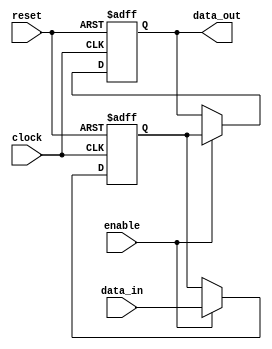
module sequential_logic (
    input wire clock,             // Clock input
    input wire reset,             // Reset input
    input wire enable,            // Enable input
    input wire [7:0] data_in,     // 8-bit data input
    output reg [7:0] data_out     // 8-bit data output
);

// State register
reg [7:0] state;

// Behavioral modeling block
always @(posedge clock or negedge reset) begin
    if (!reset) begin
        // Asynchronous reset
        state <= 8'b0;            // Initialize state to 0
        data_out <= 8'b0;         // Initialize output to 0
    end else if (enable) begin
        // Sequential logic updates
        state <= data_in;         // Load new data into state on enable
        data_out <= state;        // Update output based on the current state
    end
end

endmodule